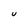
Character: U